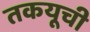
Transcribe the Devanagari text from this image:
तकयूची